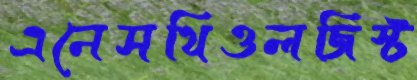
এনেসথিওলজিস্ট